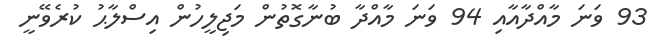
93 ވަނަ މާއްދާއާއި 94 ވަނަ މާއްދާ ބުނާގޮތުން މަޖިލީހުން އިސްލާޙު ކުރެވޭނީ